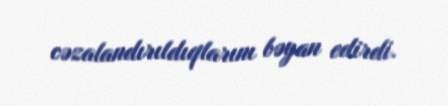
cəzalandırıldıqlarını bəyan edirdi.